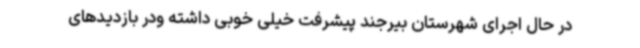
در حال اجرای شهرستان بیرجند پیشرفت خیلی خوبی داشته ودر بازدیدهای